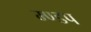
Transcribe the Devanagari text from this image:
म्ण्डप